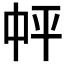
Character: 𪜉